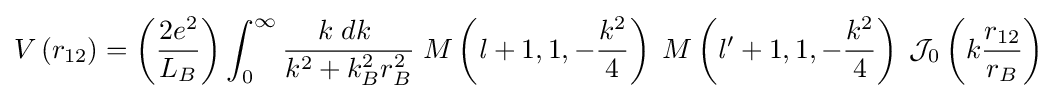
V\left(r_{12}\right)=\left({2e^{2} \over L_{B}}\right)\int _{0}^{\infty }{{k\;dk\;} \over k^{2}+k_{B}^{2}r_{B}^{2}}\;M\left({\mathit {l}}+1,1,-{k^{2} \over 4}\right)\;M\left({\mathit {l}}^{\prime }+1,1,-{k^{2} \over 4}\right)\;{\mathcal {J}}_{0}\left(k{r_{12} \over r_{B}}\right)